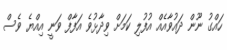
ހައްގު ނޫން ދައުވާއެއް އުފުލި ކަމަށް ވިދާޅުވެ އަފާފް ވަނީ އިއްޔެ ވެސް